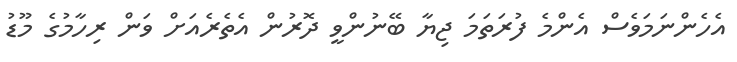
އެހެންނަމަވެސް އެންމެ ފުރަތަމަ ޖިޔާ ބޭނުންވީ ދޮރުން އެތެރެއަށް ވަން ރިހާމުގެ މޫޑު